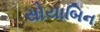
સોયાબિન